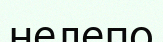
нелепо